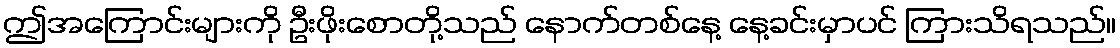
ဤအကြောင်းများကို ဦးဖိုးစောတို့သည် နောက်တစ်နေ့ နေ့ခင်းမှာပင် ကြားသိရသည်။